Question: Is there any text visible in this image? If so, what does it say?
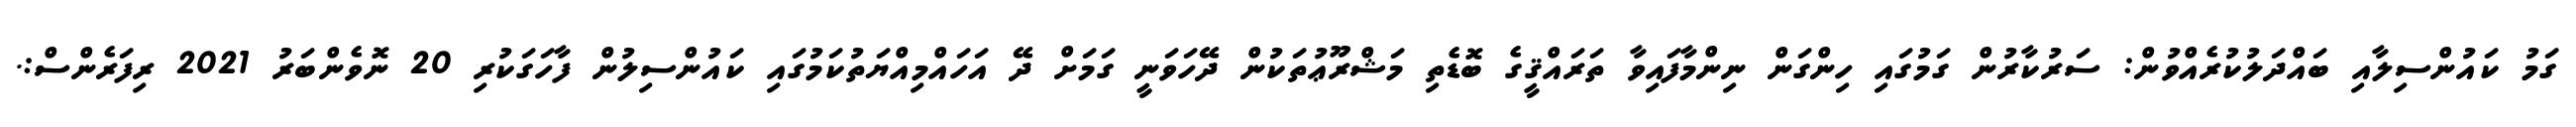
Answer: ގަމު ކައުންސިލާއި ބައްދަލުކުރެއްވުން: ސަރުކާރުން ގަމުގައި ހިންގަން ނިންމާފައިވާ ތަރައްޤީގެ ބޮޑެތި މަޝްރޫޢުތަކުން ދޭހަވަނީ ގަމަށް ދޭ އަހައްމިއްޔަތުކަމުގައި ކައުންސިލުން ފާހަގަކުރި 20 ނޮވެންބަރު 2021 ރިފަރެންސް:.